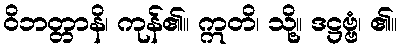
ဝိဘတ္တာနိ၊ ကုန်၏။ ဣတိ၊ သို့။ ဒဋ္ဌဗ္ဗံ၊ ၏။